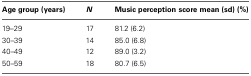
<table><thead><tr><td><b>Age group (years)</b></td><td><b><i>N</i></b></td><td><b>Music perception score mean (sd) (%)</b></td></tr></thead><tbody><tr><td>19–29</td><td>17</td><td>81.2 (6.2)</td></tr><tr><td>30–39</td><td>14</td><td>85.0 (6.8)</td></tr><tr><td>40–49</td><td>12</td><td>89.0 (3.2)</td></tr><tr><td>50–59</td><td>18</td><td>80.7 (6.5)</td></tr></tbody></table>